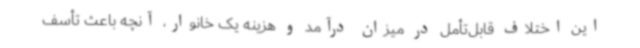
این اختلاف قابل‌تأمل در میزان درآمد و هزینه یک خانوار، آنچه باعث تأسف